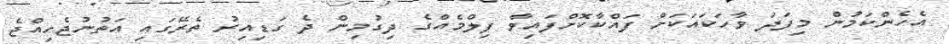
އެހެންކަމުން މިފަދަ ވާހަކައަކަށް ފައްކާކޮށްފައިވާ ފިލްމެއްގެ ދިގުމިން ދެ ގަޑިއިރު ތެރޭގައި އަތުނުޖެހިއްޖެ